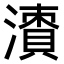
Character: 𣿙